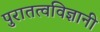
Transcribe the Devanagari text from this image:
पुरातत्वविज्ञानी